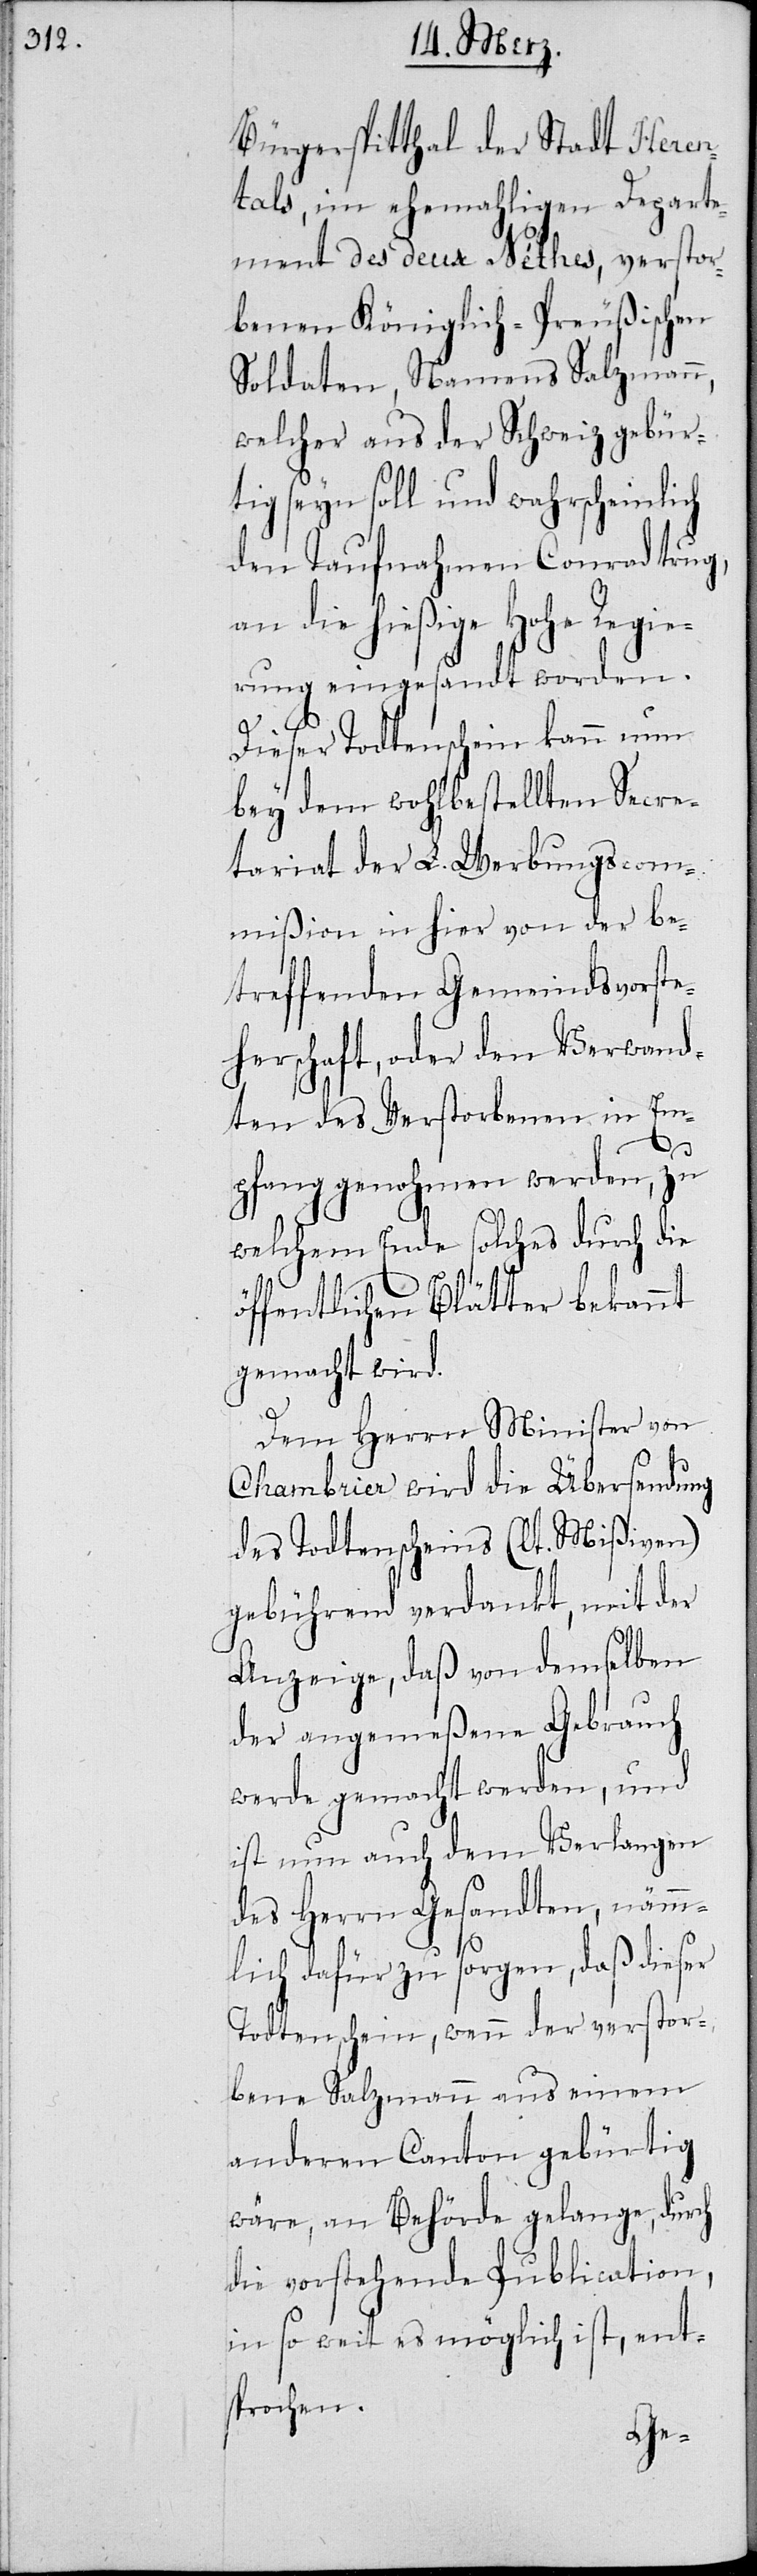
Bürgerspitthal der Stadt Heren¬
tals, im ehemaligen Departe¬
ment des deux Néthes, versto¬
rbenen Königlich-Preußischen
Soldaten, Namens Salzmann,
welcher aus der Schweiz gebür¬
tig seyn soll und wahrscheinlich
den Taufnahmen Conrad trug,
an die hießige Hohe Regie¬
rung eingesandt worden.
Dieser Todtenschein kann nun
bey dem wohlbestellten Secre¬
tariat der L. Werbungscom¬
mißion in hier von der be¬
treffenden Gemeindsvorste¬
herschaft, oder den Verwand¬
ten des Verstorbenen in Em¬
ö¬
pfang genohmen werden, zu
welchem Ende solches durch die
ffentlichen Blätter bekannt
gemacht wird.
Dem Herrn Minister von
Chambrier wird die Übersendung
des Todtenscheins (lt. Mißiven)
gebührend verdankt, mit der
Anzeige, daß von demselben
der angemeßene Gebrauch
werde gemacht werden, und
ist nun auch dem Verlangen
des Herrn Gesandten, nämm¬
lich dafür zu sorgen, daß dieser
Todtenschein, wenn der verstor¬
bene Salzmann aus einem
anderen Canton gebürtig
wäre, an Behörde gelange, durch
die vorstehende Publication,
in so weit es möglich ist, ent¬
sprochen.